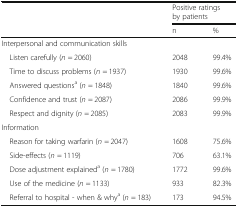
<table><thead><tr><td rowspan="2"></td><td colspan="2"><b>Positive ratings by patients</b></td></tr><tr><td><b>n</b></td><td><b>%</b></td></tr></thead><tbody><tr><td colspan="3">Interpersonal and communication skills</td></tr><tr><td> Listen carefully (<i>n</i> = 2060)</td><td>2048</td><td>99.4%</td></tr><tr><td> Time to discuss problems (<i>n</i> = 1937)</td><td>1930</td><td>99.6%</td></tr><tr><td> Answered questions<sup>a</sup> (<i>n</i> = 1848)</td><td>1840</td><td>99.6%</td></tr><tr><td> Confidence and trust (<i>n</i> = 2087)</td><td>2086</td><td>99.9%</td></tr><tr><td> Respect and dignity (<i>n</i> = 2085)</td><td>2083</td><td>99.9%</td></tr><tr><td colspan="3">Information</td></tr><tr><td> Reason for taking warfarin (<i>n</i> = 2047)</td><td>1608</td><td>75.6%</td></tr><tr><td> Side-effects (<i>n</i> = 1119)</td><td>706</td><td>63.1%</td></tr><tr><td> Dose adjustment explained<sup>a</sup> (<i>n</i> = 1780)</td><td>1772</td><td>99.6%</td></tr><tr><td> Use of the medicine (<i>n</i> = 1133)</td><td>933</td><td>82.3%</td></tr><tr><td> Referral to hospital - when &amp; why<sup>a</sup> (<i>n</i> = 183)</td><td>173</td><td>94.5%</td></tr></tbody></table>